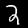
Digit: 2